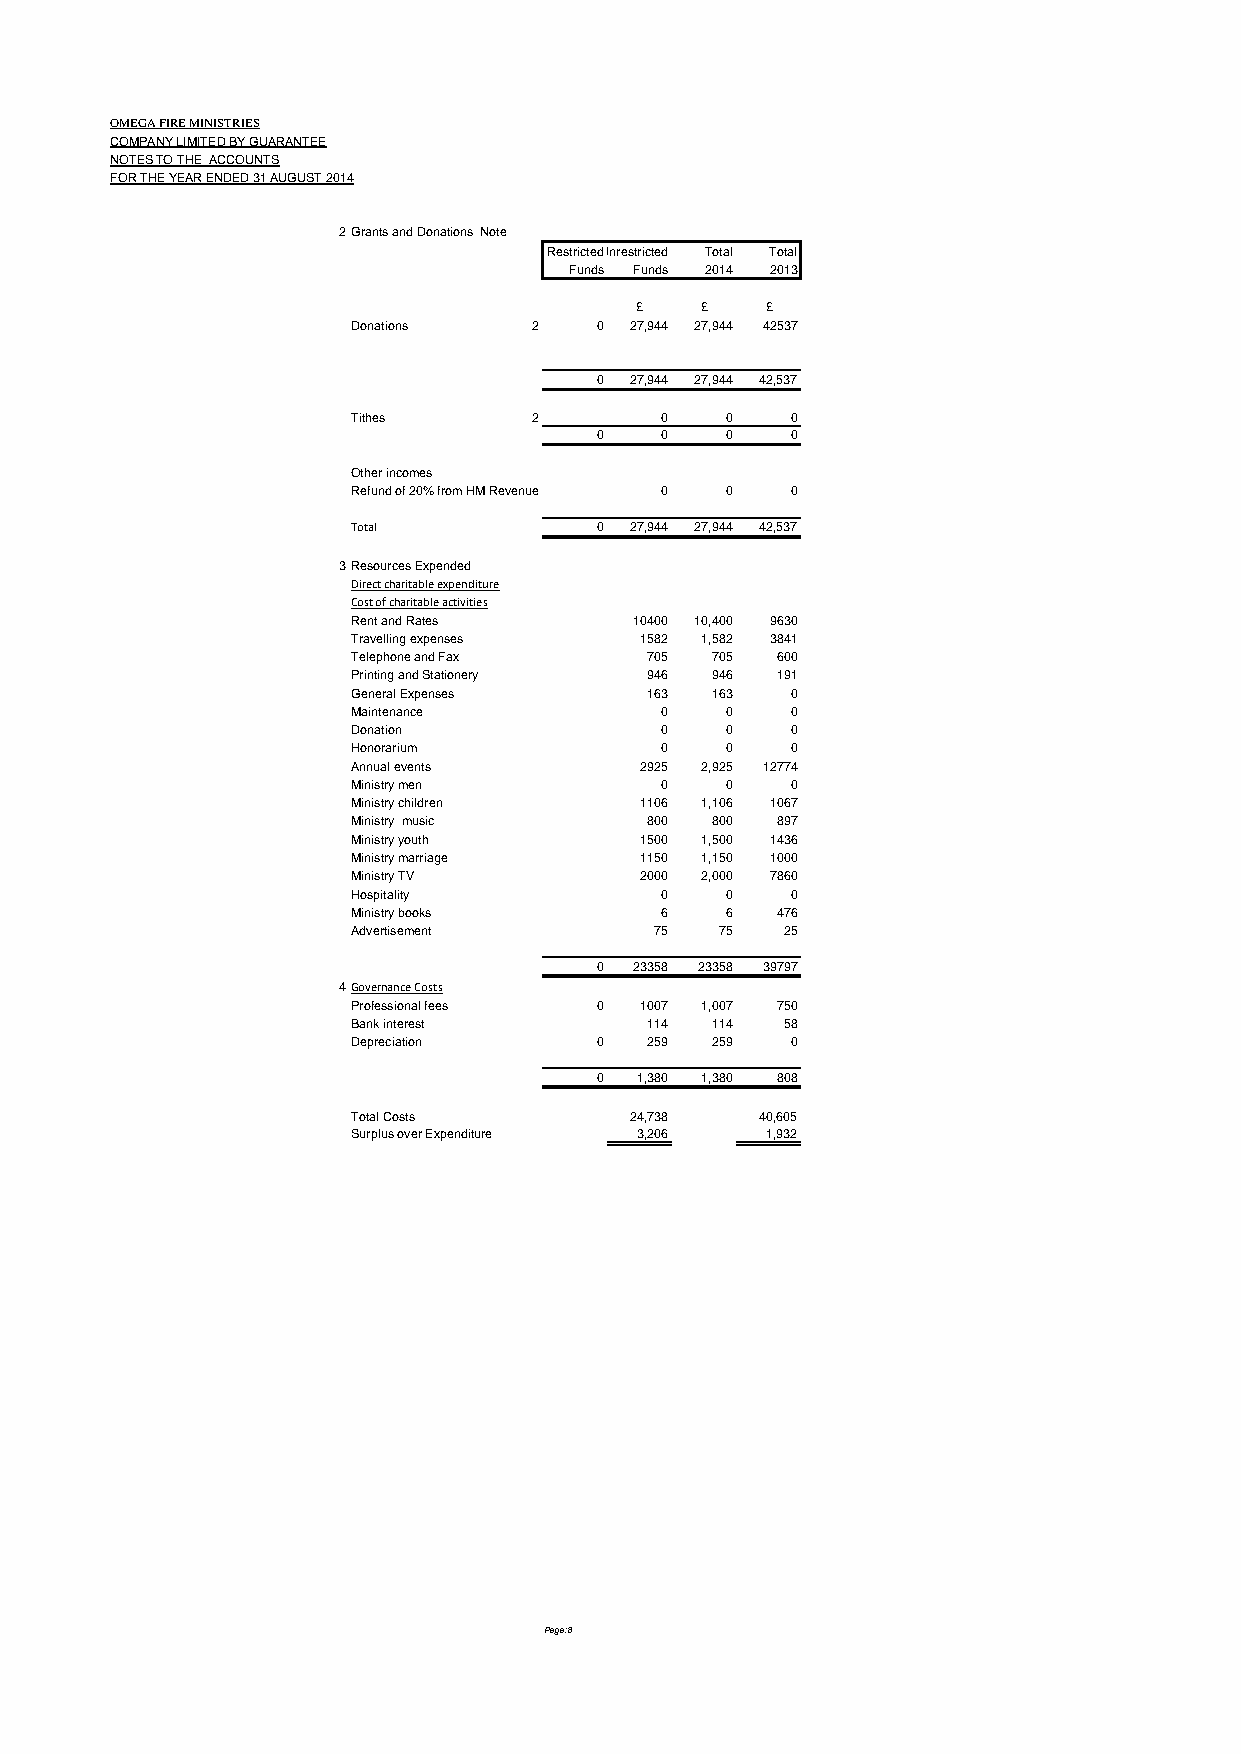
OMEGA FIRE MINISTRIES
 COMPANY LIMITED BY GUARANTEE
 NOTES TO THE ACCOUNTS
 FOR THE YEAR ENDED 31 AUGUST 2014
 2Grants and Donations Note
 RestrictedUnrestricted Total Total
 Funds Funds 2014 2013
 £   £    £
 Donations   2   0  27,944 27,944 42537
 0  27,944 27,944 42,537
 Tithes      2        0   0   0
 0    0   0   0
 Other incomes
 Refund of 20% from HM Revenue 0 0 0
 Total           0  27,944 27,944 42,537
 3Resources Expended
 Direct charitable expenditure
 Cost of charitable activities
 Rent and Rates     10400 10,400 9630
 Travelling expenses 1582 1,582 3841
 Telephone and Fax   705 705 600
 Printing and Stationery 946 946 191
 General Expenses    163 163  0
 Maintenance          0   0   0
 Donation             0   0   0
 Honorarium           0   0   0
 Annual events      2925 2,925 12774
 Ministry men         0   0   0
 Ministry children  1106 1,106 1067
 Ministry music      800 800 897
 Ministry youth     1500 1,500 1436
 Ministry marriage  1150 1,150 1000
 Ministry TV        2000 2,000 7860
 Hospitality          0   0   0
 Ministry books       6   6  476
 Advertisement       75   75  25
 0  23358 23358 39797
 4Governance Costs
 Professional fees 0 1007 1,007 750
 Bank interest       114 114  58
 Depreciation    0   259 259  0
 0  1,380 1,380 808
 Total Costs        24,738  40,605
 Surplus over Expenditure 3,206 1,932
 Page:8